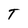
Character: T